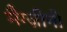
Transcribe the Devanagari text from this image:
मैग्ज़ीनो